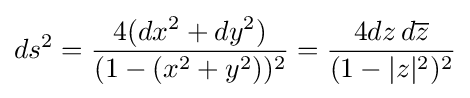
ds^{2}={\frac {4(dx^{2}+dy^{2})}{(1-(x^{2}+y^{2}))^{2}}}={\frac {4dz\,d{\overline {z}}}{(1-|z|^{2})^{2}}}